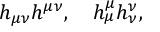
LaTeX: h _ { \mu \nu } h ^ { \mu \nu } , \quad h _ { \mu } ^ { \mu } h _ { \nu } ^ { \nu } ,